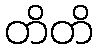
တိတိ